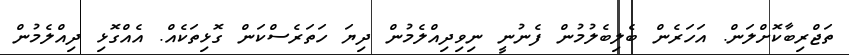
ތަޖްރިބާކޮށްލަން. އަހަރެން ބެލިބެލުމުން ފެނުނީ ނިވިދިއްލެމުން ދިޔަ ހަތަރެސްކަން ގޮޅިތަކެއް. އެއްގޮޅި ދިއްލެމުން